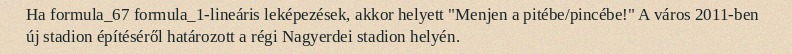
Ha formula_67 formula_1-lineáris leképezések, akkor helyett "Menjen a pitébe/pincébe!" A város 2011-ben új stadion építéséről határozott a régi Nagyerdei stadion helyén.